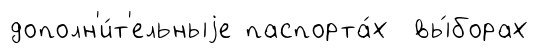
дополн'и́т'ельныjе паспорта́х вы́борах